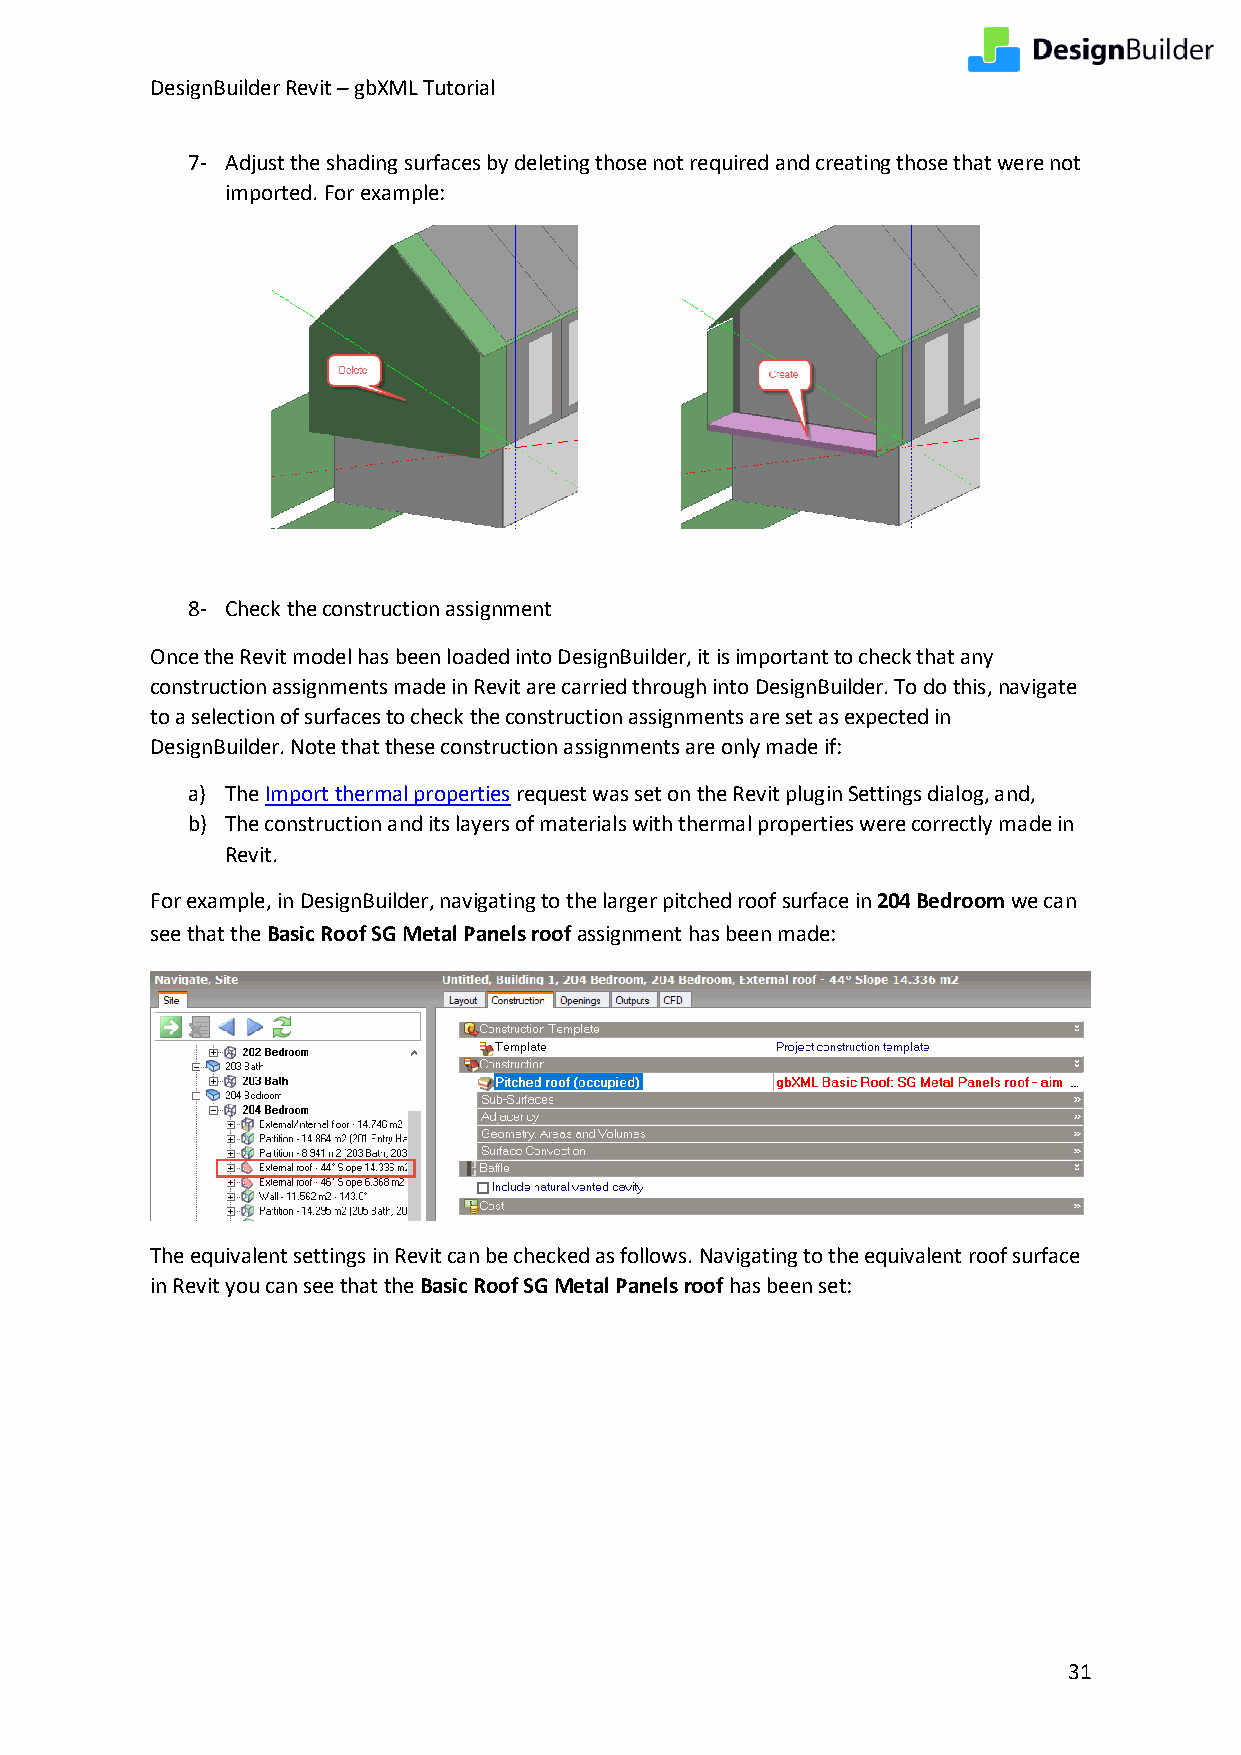
DesignBuilder Revit – gbXML Tutorial
 7- Adjust the shading surfaces by deleting those not required and creating those that were not
 imported. For example:
 8- Check the construction assignment
 Once the Revit model has been loaded into DesignBuilder, it is important to check that any
 construction assignments made in Revit are carried through into DesignBuilder. To do this, navigate
 to a selection of surfaces to check the construction assignments are set as expected in
 DesignBuilder. Note that these construction assignments are only made if:
 a) The Import thermal properties request was set on the Revit plugin Settings dialog, and,
 b) The construction and its layers of materials with thermal properties were correctly made in
 Revit.
 For example, in DesignBuilder, navigating to the larger pitched roof surface in 204 Bedroom we can
 see that the Basic Roof SG Metal Panels roof assignment has been made:
 The equivalent settings in Revit can be checked as follows. Navigating to the equivalent roof surface
 in Revit you can see that the Basic Roof SG Metal Panels roof has been set:
 31